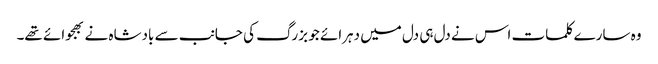
وہ سارے کلمات اس نے دل ہی دل میں دہرائے جو بزرگ کی جانب سے بادشاہ نے بھجوائے تھے۔